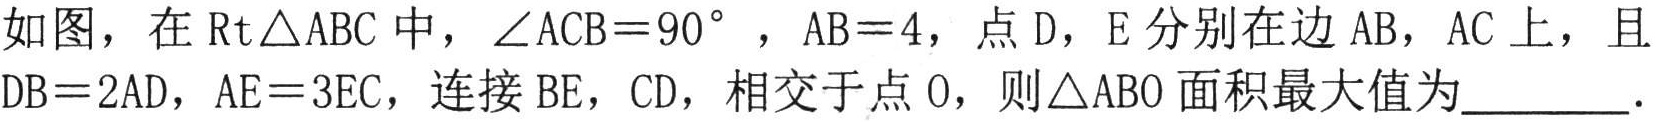
如图，在$\text{Rt}\triangle \text{ABC}$中，$\angle \text{ACB}=90^{\circ }$，$\text{AB}=4$，点$\text{D}$，$\text{E}$分别在边$\text{AB}$，$\text{AC}$上，且$\text{DB}=2\text{AD}$，$\text{AE}=3\text{EC}$，连接$\text{BE}$，$\text{CD}$，相交于点$\text{O}$，则$\triangle \text{ABO}$面积最大值为  ．